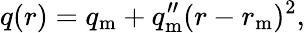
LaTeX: q(r)=q_{\mathrm{m}}+q_{\mathrm{m}}^{\prime\prime}(r-r_{\mathrm{m}})^{2},